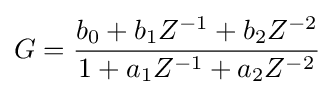
G={\frac {b_{0}+b_{1}Z^{-1}+b_{2}Z^{-2}}{1+a_{1}Z^{-1}+a_{2}Z^{-2}}}